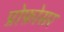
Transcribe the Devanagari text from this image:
प्रोफ़ोसर